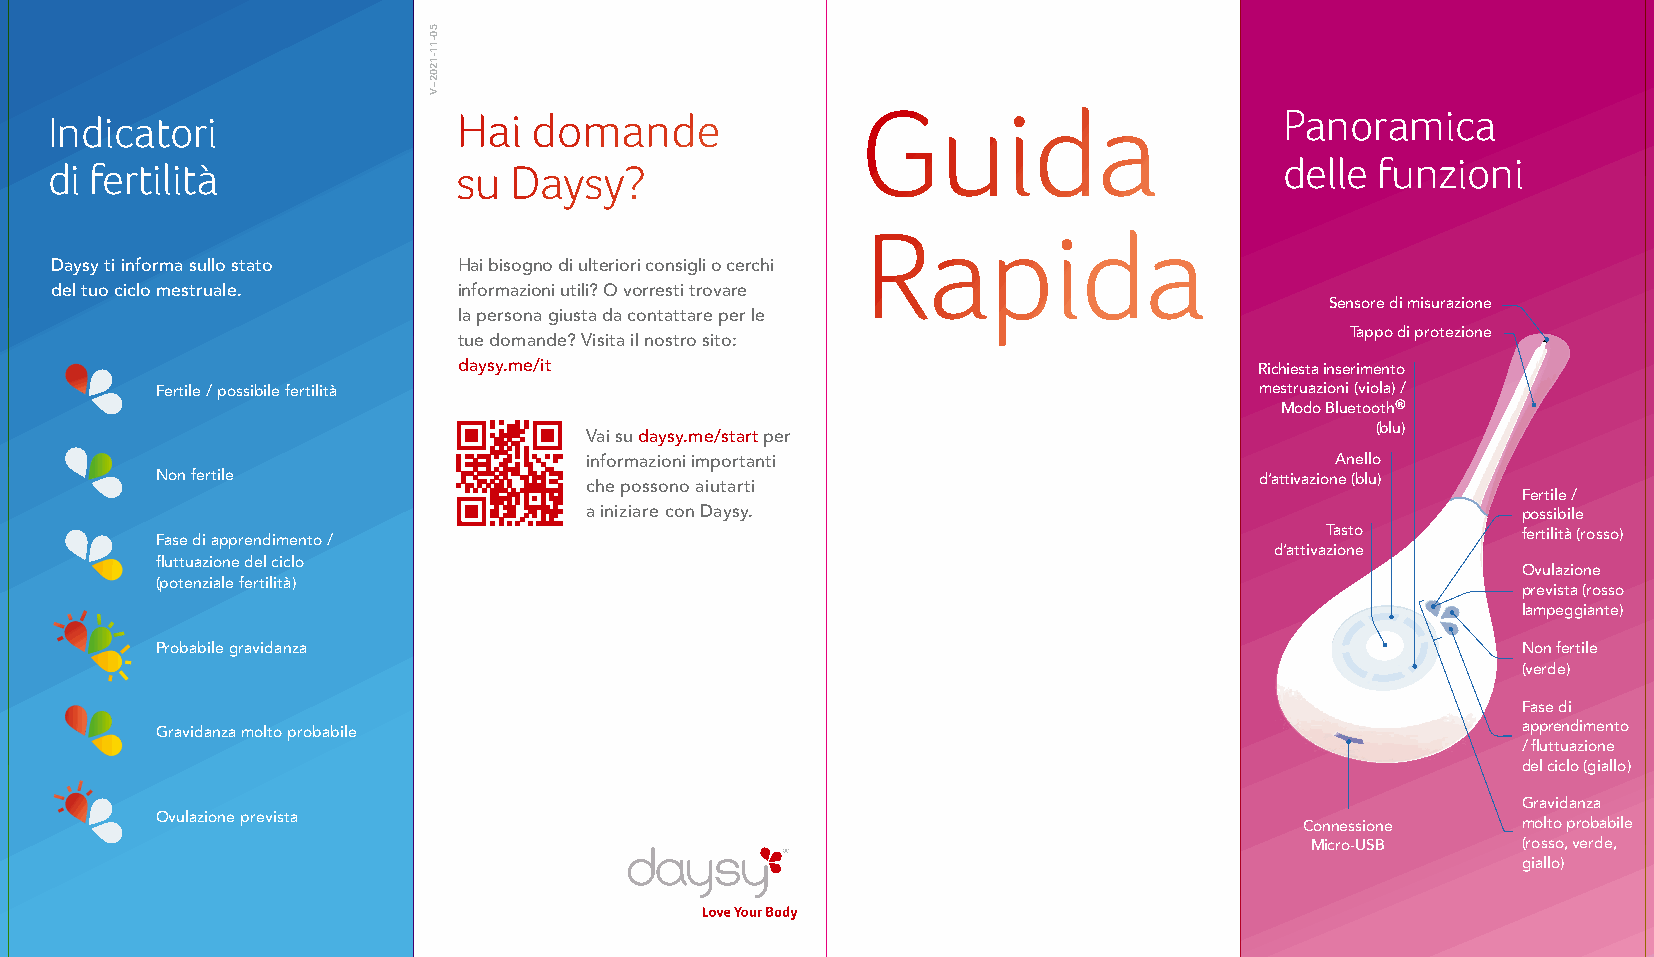
Indicatori                 Hai  domande               Guida                       Panoramica
 delle funzioni
 di fertilità               su  Daysy?
 Rapida
 Daysy ti informa sullo stato Hai bisogno di ulteriori consigli o cerchi
 del tuo ciclo mestruale.   informazioni utili? O vorresti trovare
 Sensore di misurazione
 la persona giusta da contattare per le
 Tappo di protezione
 tue domande? Visita il nostro sito:
 daysy.me/it                                          Richiesta inserimento
 Fertile / possibile fertilità                                            mestruazioni (viola) /
 Modo Bluetooth®
 (blu)
 Vai su daysy.me/start per
 informazioni importanti                          Anello
 Non fertile                  che possono aiutarti                        d’attivazione (blu)
 Fertile /
 a iniziare con Daysy.                                         possibile
 Fase di apprendimento /                                                       Tasto        fertilità (rosso)
 d’attivazione
 fluttuazione del ciclo
 Ovulazione
 (potenziale fertilità)
 prevista (rosso
 lampeggiante)
 Probabile gravidanza                                                                       Non fertile
 (verde)
 Fase di
 Gravidanza molto probabile                                                                 apprendimento
 / fluttuazione
 del ciclo (giallo)
 Gravidanza
 Ovulazione prevista
 Connessione    molto probabile
 Micro-USB     (rosso, verde,
 giallo)
 50-11-1202–V